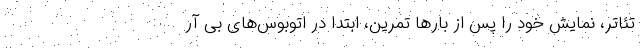
تئاتر، نمایش خود را پس از بار‌ها تمرین، ابتدا در اتوبوس‌های بی آر